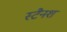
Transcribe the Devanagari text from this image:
स्टैनश